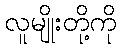
လူမျိုးတို့ကို